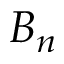
B _ { n }